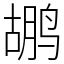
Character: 鹕